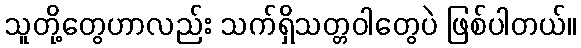
သူတို့တွေဟာလည်း သက်ရှိသတ္တဝါတွေပဲ ဖြစ်ပါတယ်။